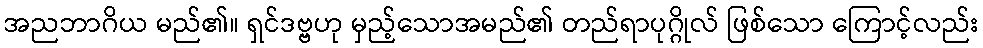
အညဘာဂိယ မည်၏။ ရှင်ဒဗ္ဗဟု မှည့်သောအမည်၏ တည်ရာပုဂ္ဂိုလ် ဖြစ်သော ကြောင့်လည်း